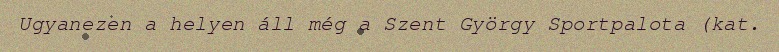
Ugyanezen a helyen áll még a Szent György Sportpalota (kat.